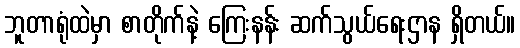
ဘူတာရုံထဲမှာ စာတိုက်နဲ့ ကြေးနန်း ဆက်သွယ်ရေးဌာန ရှိတယ်။